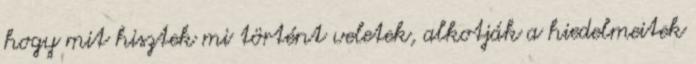
hogy mit hisztek mi történt veletek, alkotják a hiedelmeitek